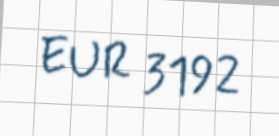
EUR 3192